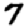
Digit: 7